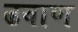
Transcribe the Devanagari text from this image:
ढवाण